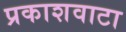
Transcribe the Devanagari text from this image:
प्रकाशवाटा